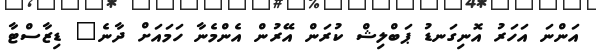
އަންނަ އަހަރު އޮނިގަނޑު ޕަބްލިޝް ކުރަން އޭރުން އެންމެނާ ހަމައަށް ދާނެ" ޑިޒާސްޓާ